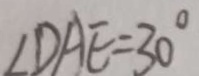
\angle D A E = 3 0 ^ { \circ }